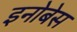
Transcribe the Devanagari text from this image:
इनोबेस